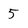
Character: 5